Civil Veterinary Dept. North-West Frontier Province 1901-22 - 1901-1922
Year: 1901
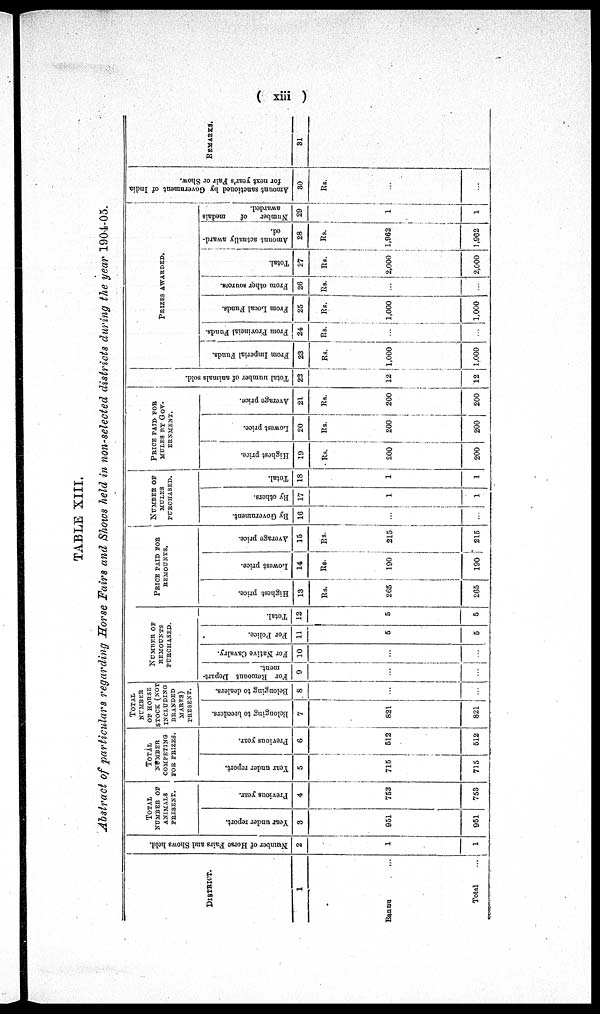
(xiii)
TABLE XIII.
Abstract of particulars regarding Horse Fairs and Shows held in non-selected districts during the year 1904-05.
DISTRICT.
1
Bannu
...
Total
...
Number of Horse Fairs and
Shows held.
2
1
1
TOTAL
NUMBER OF
ANIMALS
PRESENT.
Year under report.
3
951
951
Previous year.
4
753
753
TOTAL
NUMBER
COMPETING
FOR PRIZES.
Year under report.
5
715
715
Previous year.
6
512
512
TOTAL
NUMBER
OF HORSE
STOCK (NOT
INCLUDING
BRANDED
MARES)
PRESENT.
Belonging to breeders.
7
821
821
Belonging to dealers.
8
...
...
NUMBER OF
REMOUNT
PURCHASED.
For Remount Depart-
ment.
9
...
...
For Native Cavalry.
10
...
...
For Police.
11
5
5
Total.
12
5
5
PRICE PAID FOR
REMOUNT.
Highest price.
13
Rs.
265
265
Lowest price.
14
Rs.
190
190
Average price.
15
Rs.
215
215
NUMBER OF
MULES
PURCHASED.
By Government.
16
...
...
By others.
17
1
1
Total.
18
1
1
PRICE PAID FOR
MULES BY GOV-
ERNMENT.
Highest price.
19
Rs.
200
200
Lowest price.
20
Rs.
200
200
Average price.
21
Rs.
200
200
Total number of animals sold.
22
12
12
PRIZES AWARDED.
From Imperial Funds.
23
Rs.
1,000
1.000
From Provincial Funds.
24
Rs.
...
...
From Local Funds.
25
Rs.
1,000
1,000
From other sources.
26
Rs.
...
...
Total.
27
Rs.
2,000
2,000
Amount actually award-
ed.
28
Rs.
1,962
1,962
Number
of
medals
awarded.
29
1
1
Amount sanctioned
by Government of India
for next year's Fair or Show.
30
Rs.
...
...
REMARKS.
31